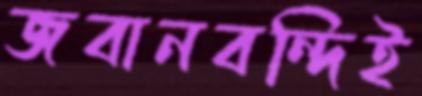
জবানবন্দিই